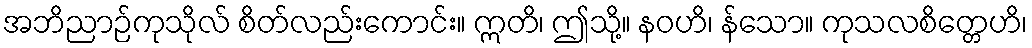
အဘိညာဉ်ကုသိုလ် စိတ်လည်းကောင်း။ ဣတိ၊ ဤသို့။ နဝဟိ၊ န်သော။ ကုသလစိတ္တေဟိ၊